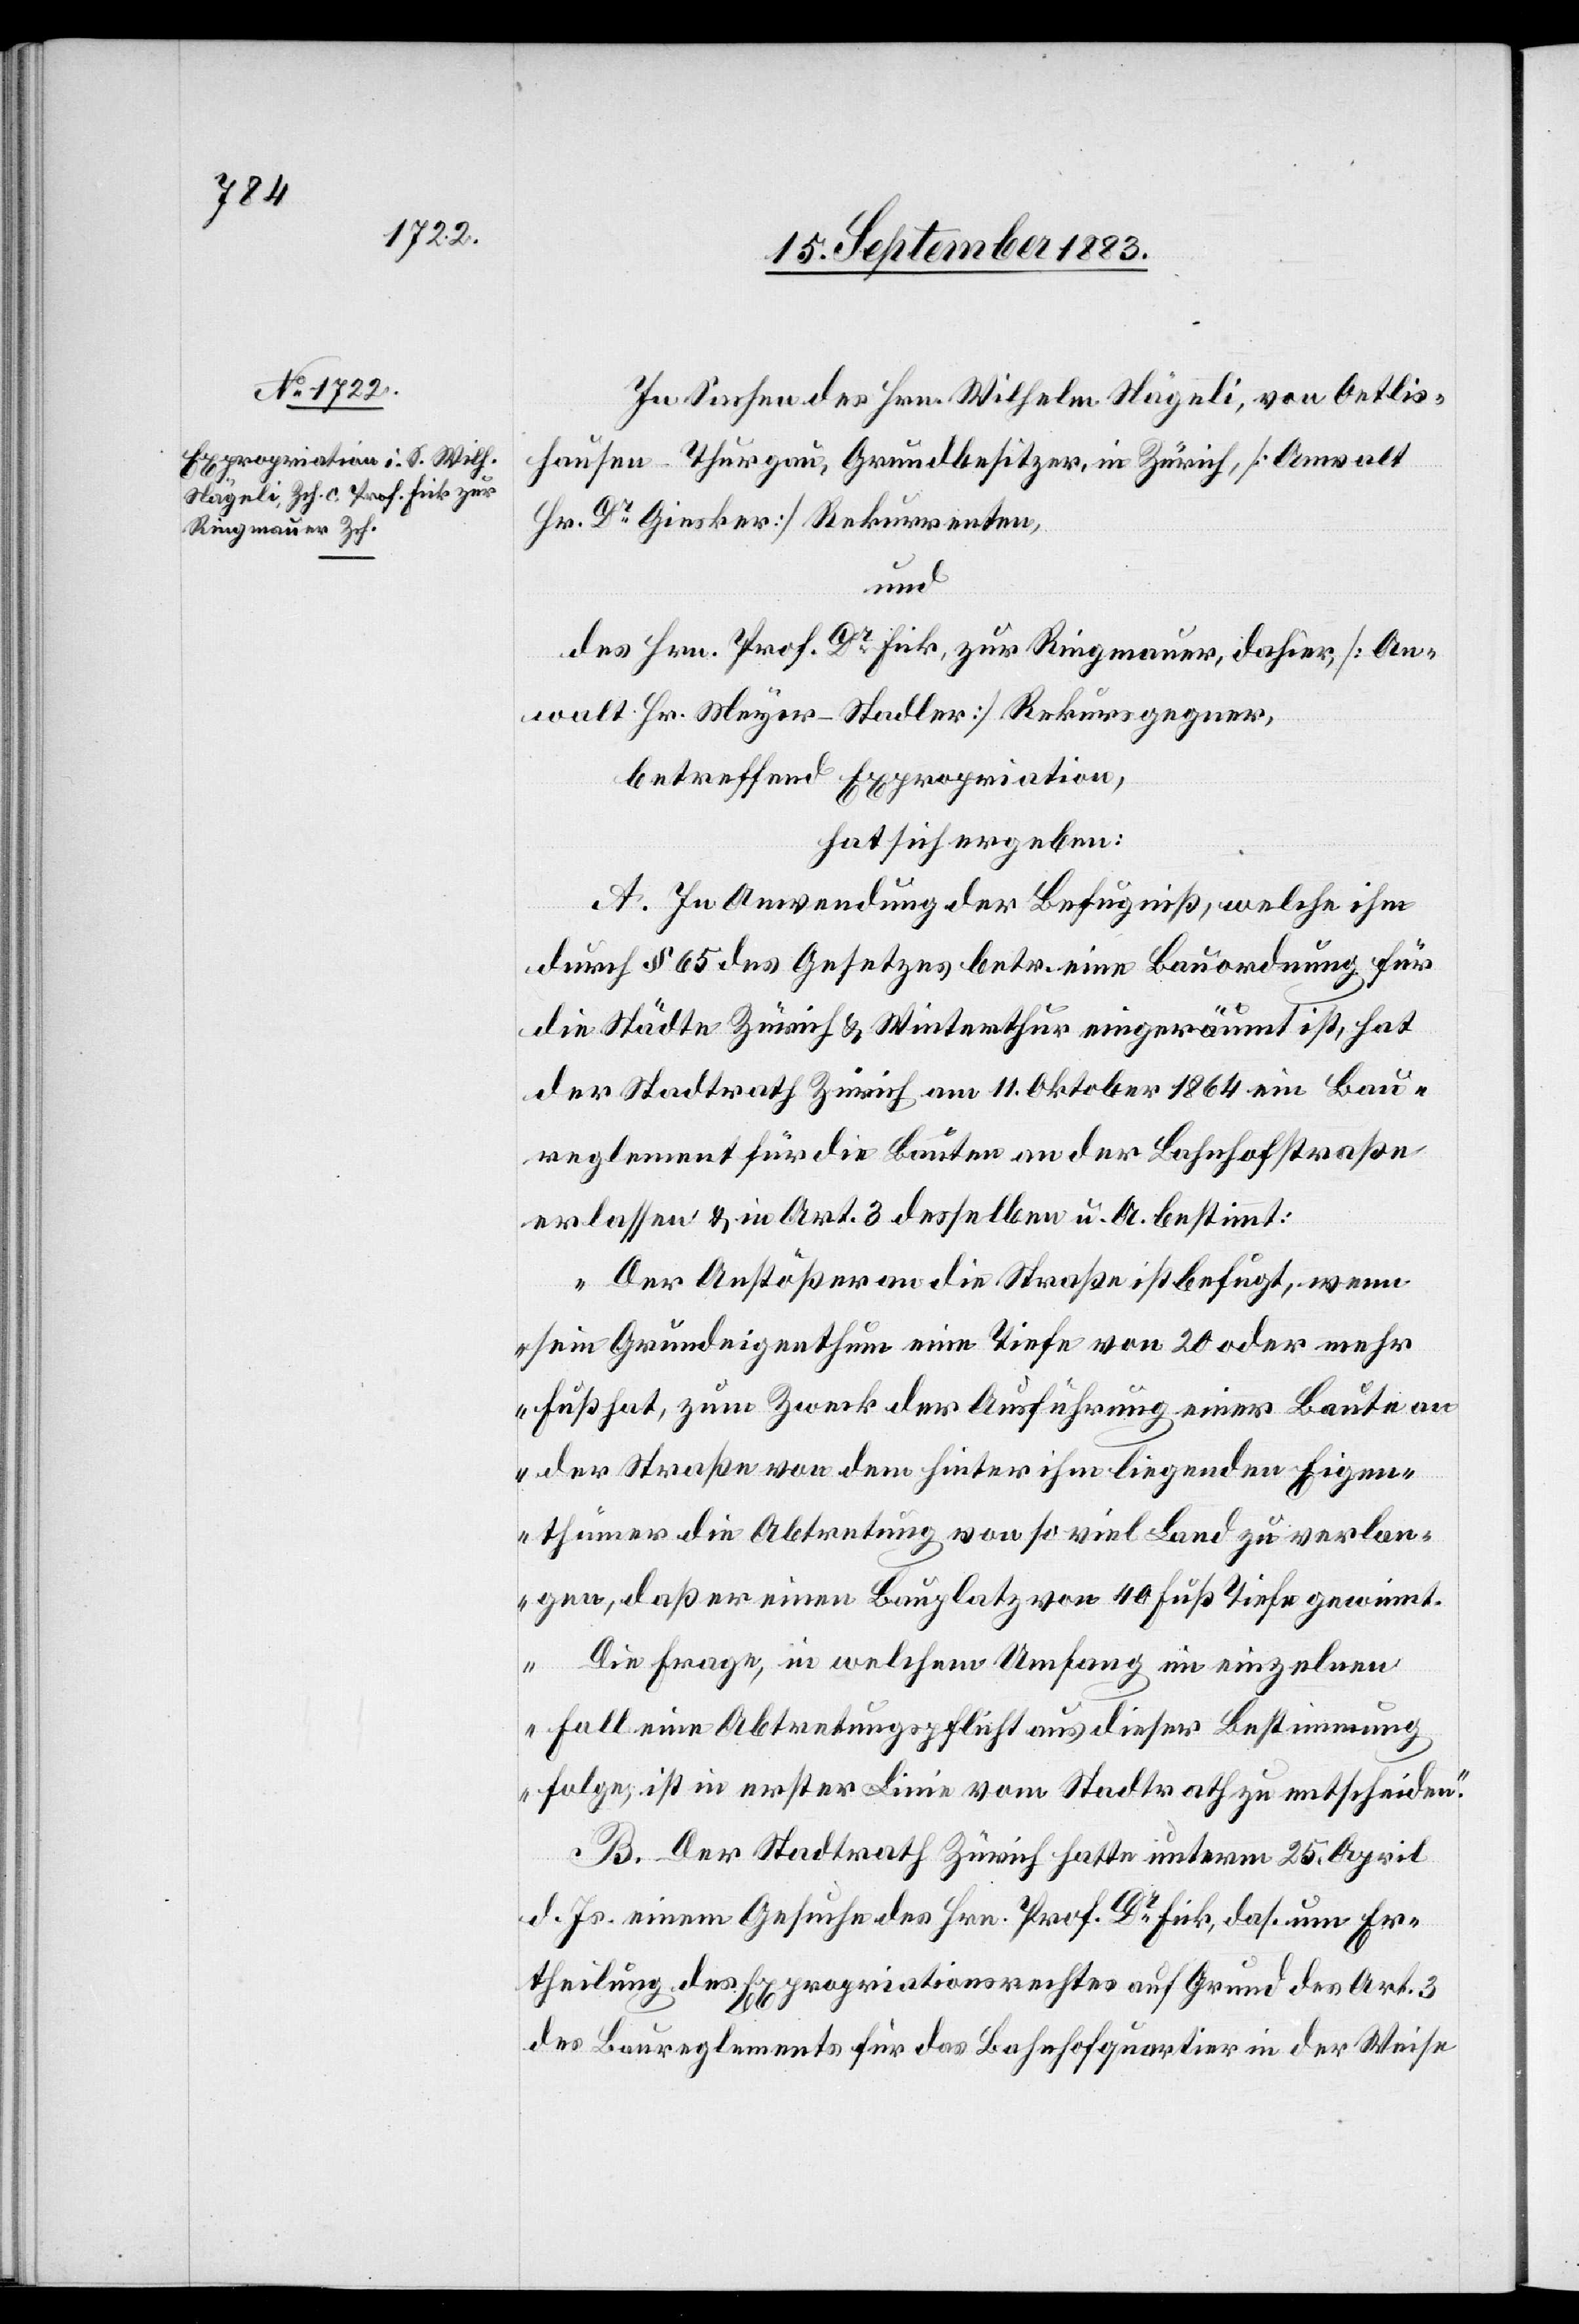
In Sachen des Hrn. Wilhelm Nägeli, von Oetlis¬
hausen - Thurgau, Grundbesitzer, in Zürich, [Anwalt
Hr. Dr Gisker] Rekurrenten,
und
des Hrn. Prof. Dr Fick, zur Ringmauer, dahier, [An¬
walt Hr. Meyer-Stadler] Rekursgegner,
betreffend Expropriation,
hat sich ergeben:
A. In Anwendung der Befugniß, welche ihm
durch § 65 des Gesetzes betr. eine Bauordnung für
die Städte Zürich & Winterthur eingeräumt ist, hat
der Stadtrath Zürich am 11. Oktober 1864 ein Bau¬
reglement für die Bauten an der Bahnhofstraße
erlassen & in Art. 3 desselben u. A. bestimmt:
„Der Anstößer an die Straße ist befugt, wenn
sein Grundeigenthum eine Tiefe von 20 oder mehr
Fuß hat, zum Zweck der Ausführung einer Baute an
der Straße von dem hinter ihm liegenden Eigen¬
thümer die Abtretung von so viel Land zu verlan¬
gen, daß er einen Bauplatz von 40 Fuß Tiefe gewinnt.
Die Frage, in welchem Umfang im einzelnen
Fall eine Abtretungspflicht aus dieser Bestimmung
folge, ist in erster Linie vom Stadtrathe zu entscheiden.“
B. Der Stadtrath Zürich hatte unterm 25. April
d. Js einem Gesuche des Hrn. Prof, Dr Fick, das. um Er¬
theilung des Expropriationsrechtes auf Grund des Art. 3
des Baureglements für das Bahnhofquartier in der Weise